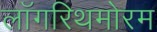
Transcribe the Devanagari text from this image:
लॉगरिथमोरम